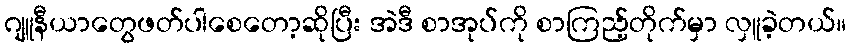
ဂျူနီယာတွေဖတ်ပါစေတော့ဆိုပြီး အဲဒီ စာအုပ်ကို စာကြည့်တိုက်မှာ လှူခဲ့တယ်။